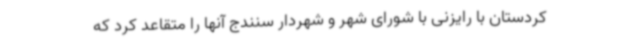
کردستان با رایزنی با شورای شهر و شهردار سنندج آنها را متقاعد کرد که